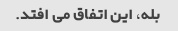
بله، این اتفاق می افتد.